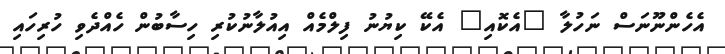
އެހެންނޫނަސް ނަހުލާ "އެކޮއި" އެކޭ ކިޔުނު ފިލްމެއް އިއުލާނުކުރި ހިސާބުން ހެއްދެވި ހުރިހައި